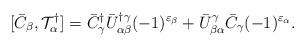
LaTeX: \begin{align*}[\bar{C}_\beta,{\cal T}^\dagger_\alpha]=\bar{C}^\dagger_\gamma\bar{U}^{\dagger\gamma}_{\alpha\beta}(-1)^{\varepsilon_\beta}+\bar{U}^\gamma_{\beta\alpha}\bar{C}_\gamma(-1)^{\varepsilon_\alpha}.\end{align*}